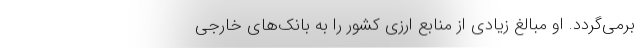
برمی‌گردد. او مبالغ زیادی از منابع ارزی کشور را به بانک‌های خارجی